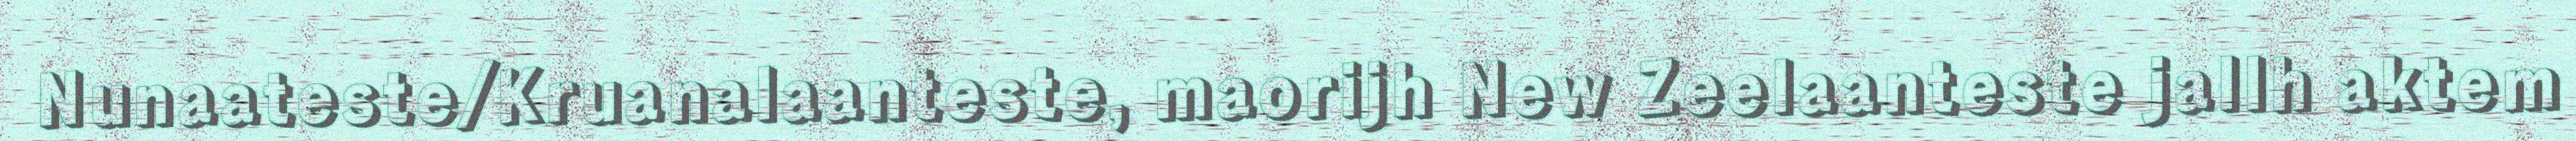
Nunaateste/Kruanalaanteste, maorijh New Zeelaanteste jallh aktem